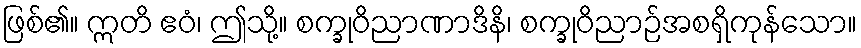
ဖြစ်၏။ ဣတိ ဧဝံ၊ ဤသို့။ စက္ခုဝိညာဏာဒိနိ၊ စက္ခုဝိညာဉ်အစရှိကုန်သော။